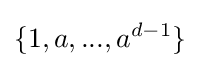
\{1,a,...,a^{d-1}\}